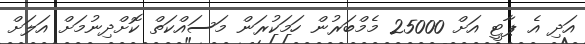
އަދި އެ ޕާޓީ އަށް 25000 މެމްބަރުން ހަމަކުރަން މަސައްކަތް ކޮށްދިނުމަށް އަލަށް